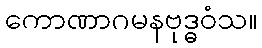
ကောဏာဂမနဗုဒ္ဓဝံသ။